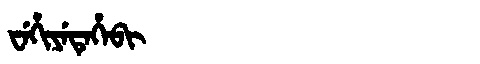
Manchu: ᠸᡝᡥᡳᠶᡝᡨᡝᡥᡝᠪᡳ
Romanization: WEHIYETEHEBI